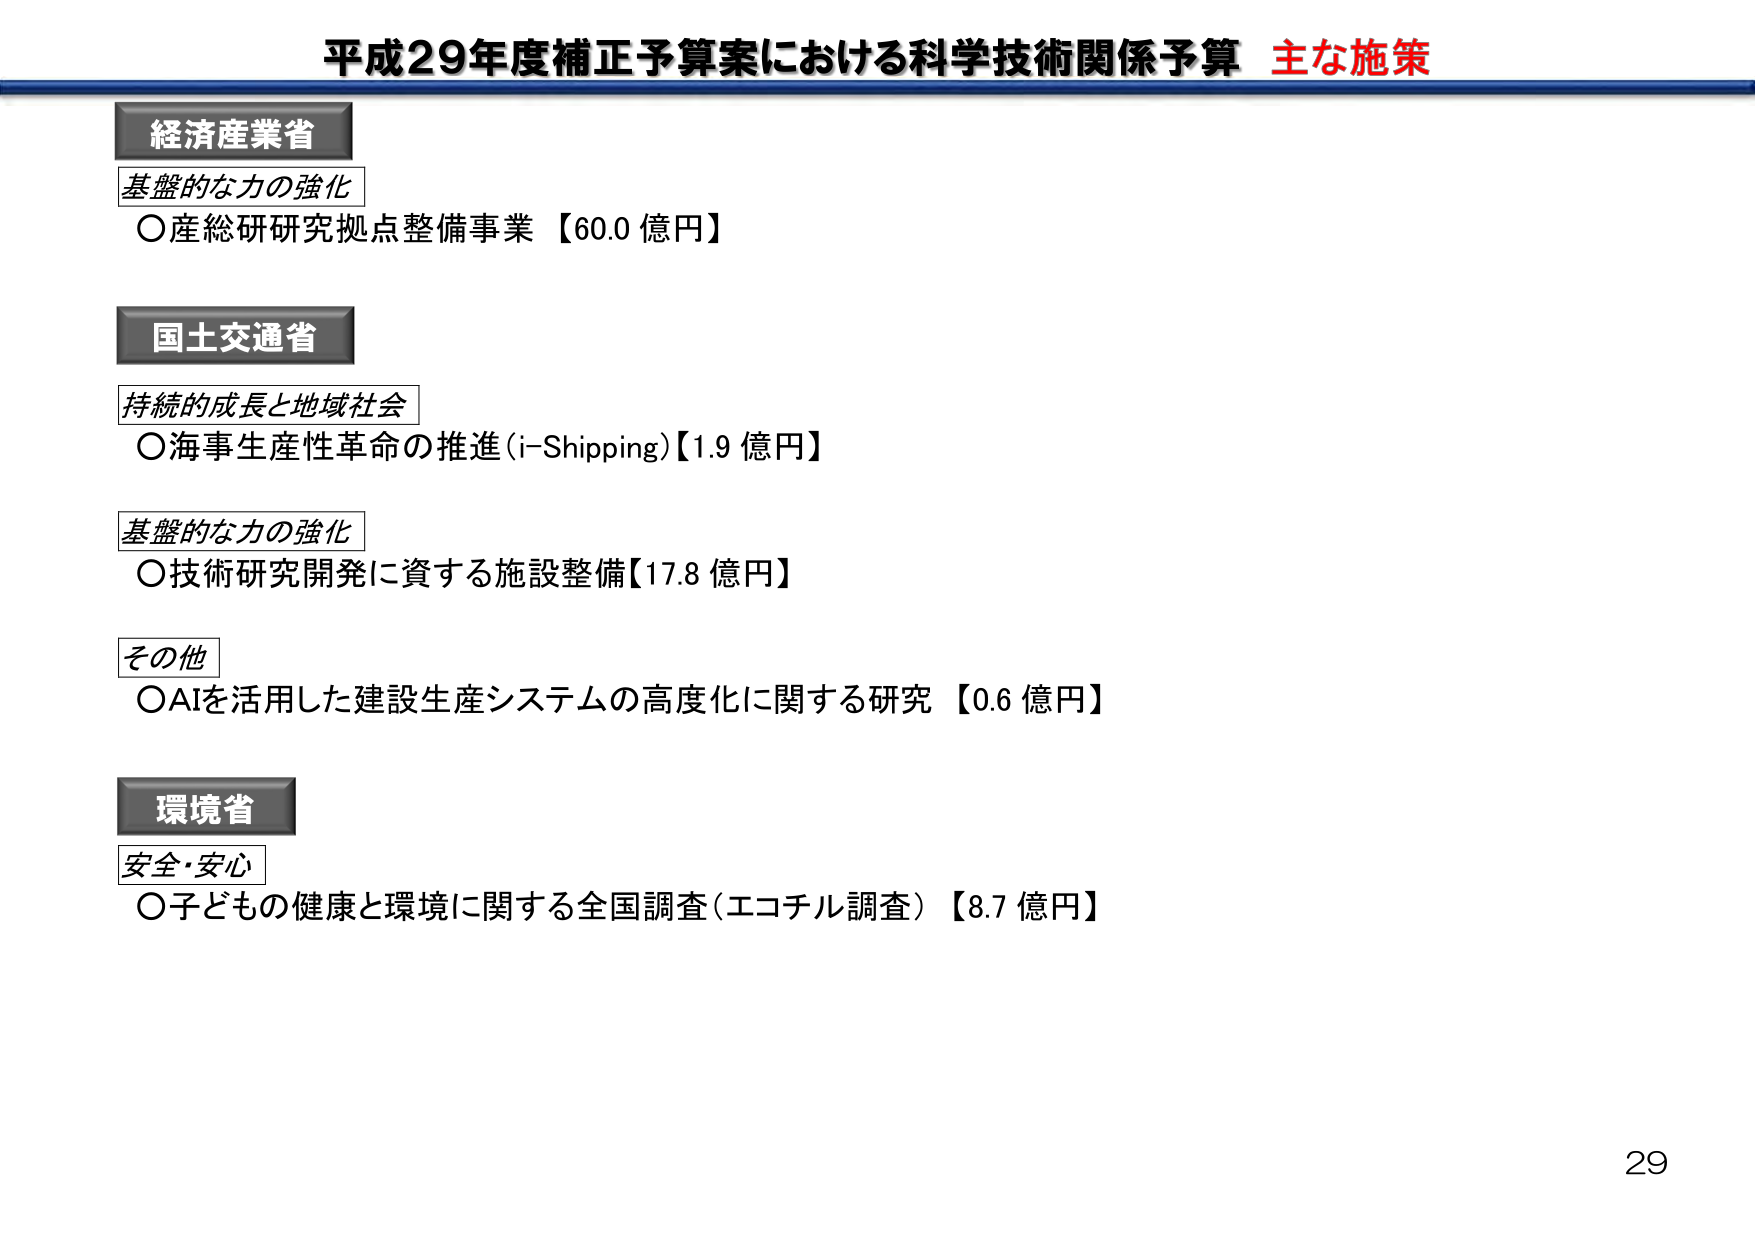
平成29年度補正予算案における科学技術関係予算 主な施策

経済産業省
基盤的な力の強化
○産総研研究拠点整備事業【60.0 億円】

国土交通省
持続的成長と地域社会
○海事生産性革命の推進(i-Shipping)【1.9 億円】
基盤的な力の強化
○技術研究開発に資する施設整備【17.8 億円】
その他
○AIを活用した建設生産システムの高度化に関する研究【0.6 億円】

環境省
安全・安心
○子どもの健康と環境に関する全国調査（エコチル調査）【8.7 億円】

29